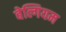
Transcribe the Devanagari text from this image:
बेल्गियम